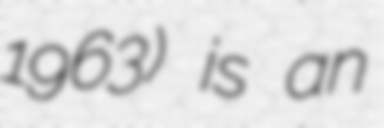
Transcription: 1963) is an